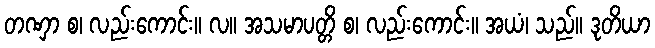
တဏှာ စ၊ လည်းကောင်း။ လ။ အသမာပတ္တိ စ၊ လည်းကောင်း။ အယံ၊ သည်။ ဒုတိယာ